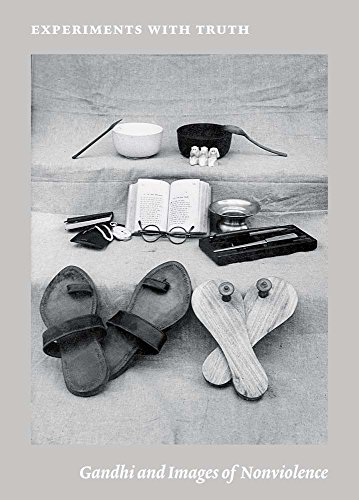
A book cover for Experiments with Truth: Gandhi and Images of Nonviolence (Menil Collection); Religion & Spirituality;